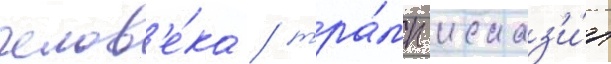
челов'е́ка / тра́мп исказ'и́л